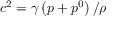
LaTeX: c ^ { 2 } = \gamma \left( p + p ^ { 0 } \right) / \rho